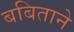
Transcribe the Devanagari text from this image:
बबिताने